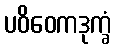
ပဝိဝေကဒုက္ခံ